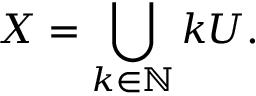
X = \bigcup _ { k \in \mathbb { N } } k U .